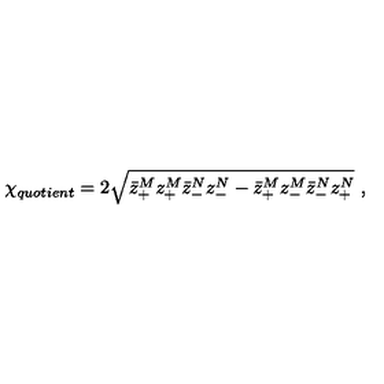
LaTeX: { \chi } _ { q u o t i e n t } = 2 \sqrt { \bar { z } _ { + } ^ { M } z _ { + } ^ { M } \bar { z } _ { - } ^ { N } z _ { - } ^ { N } - \bar { z } _ { + } ^ { M } z _ { - } ^ { M } \bar { z } _ { - } ^ { N } z _ { + } ^ { N } } \ ,